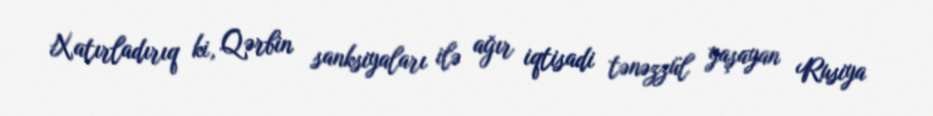
Xatırladırıq ki, Qərbin sanksiyaları ilə ağır iqtisadi tənəzzül yaşayan Rusiya